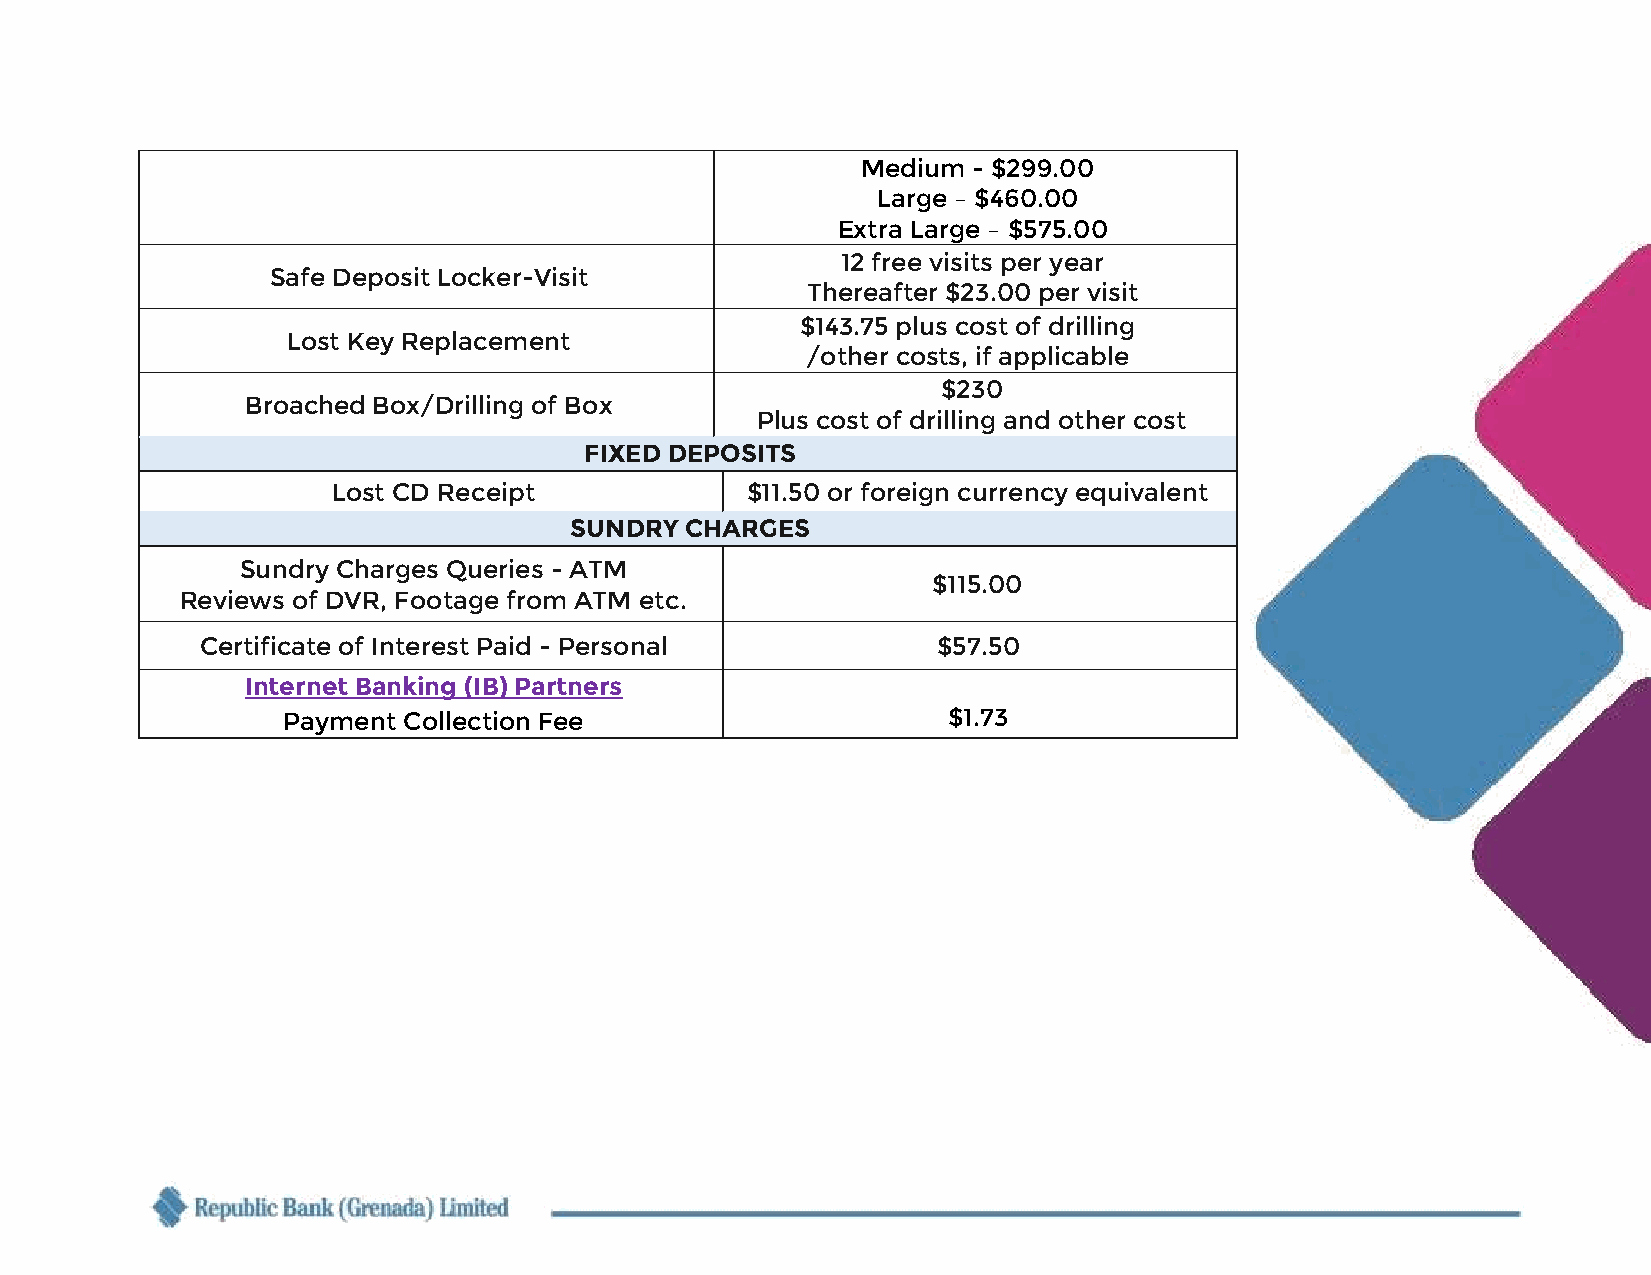
Medium - $299.00
 Large – $460.00
 Extra Large – $575.00
 12 free visits per year
 Safe Deposit Locker-Visit
 Thereafter $23.00 per visit
 $143.75 plus cost of drilling
 Lost Key Replacement
 /other costs, if applicable
 $230
 Broached Box/Drilling of Box
 Plus cost of drilling and other cost
 FIXED DEPOSITS
 Lost CD Receipt            $11.50 or foreign currency equivalent
 SUNDRY CHARGES
 Sundry Charges Queries - ATM
 $115.00
 Reviews of DVR, Footage from ATM etc.
 Certificate of Interest Paid - Personal          $57.50
 Internet Banking (IB) Partners
 Payment Collection Fee                      $1.73